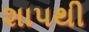
શાપથી